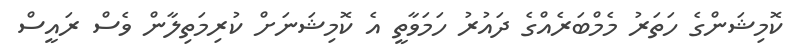
ކޮމިޝަންގެ ހަތަރު މެމްބަރެއްގެ ދައުރު ހަމަވާތީ އެ ކޮމިޝަނަށް ކުރިމަތިލާން ވެސް ރައީސް